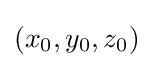
(x_{0},y_{0},z_{0})